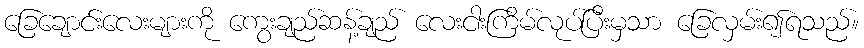
ခြေချောင်းလေးများကို ကွေးချည်ဆန့်ချည် လေးငါးကြိမ်လုပ်ပြီးမှသာ ခြေလှမ်း၍ရသည်။